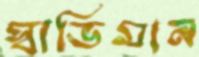
স্বাভিমান